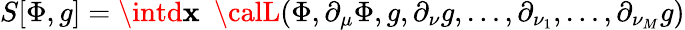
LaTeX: S[\Phi,g]=\intd\mathbf{x}{\phantom{0}}{\calL}(\Phi,\partial_{\mu}\Phi,g,\partial_{\nu}g,\dots,\partial_{\nu_{1}},\dots,\partial_{\nu_{M}}g)